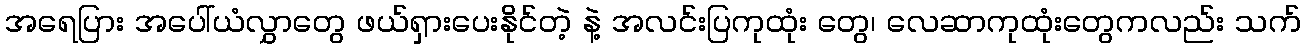
အရေပြား အပေါ်ယံလွှာတွေ ဖယ်ရှားပေးနိုင်တဲ့ နဲ့ အလင်းပြကုထုံး တွေ၊ လေဆာကုထုံးတွေကလည်း သက်